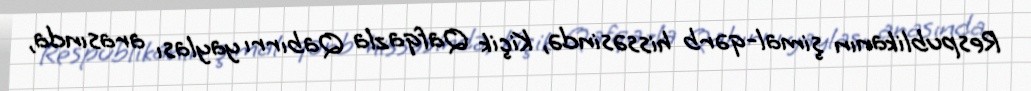
Respublikanın şimal-qərb hissəsində, Kiçik Qafqazla Qabırrı yaylası arasında,